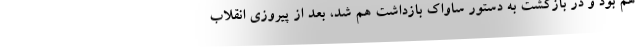
هم بود و در بازگشت به دستور ساواک بازداشت هم شد، بعد از پیروزی انقلاب